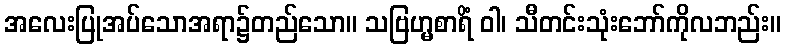
အလေးပြုအပ်သောအရာ၌တည်သော။ သဗြဟ္မစာရိံ ဝါ၊ သီတင်းသုံးဘော်ကိုလဘည်း။